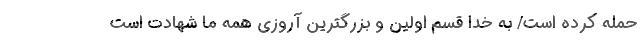
حمله کرده است/ به خدا قسم اولین و بزرگترین آروزی همه ما شهادت است